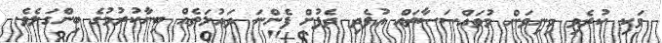
ވަކި ކުރެވި މިނިވަން މުވައްސަސާތައް އުފެދި ދެފުށް ފެންނަ ދައުލަތެއް ބިނާކުރުމުގެ ބިންގަލެވެ.